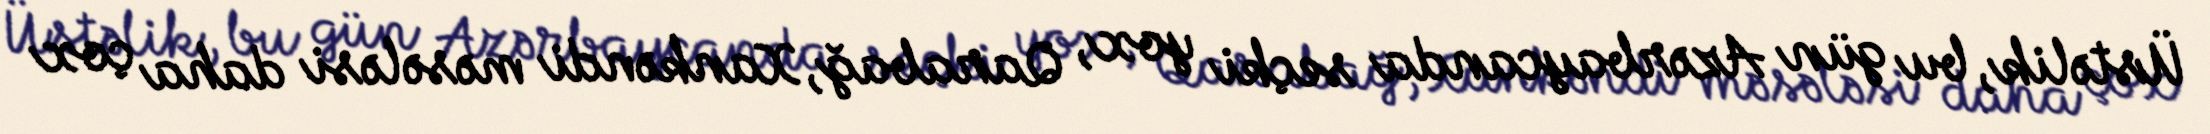
Üstəlik, bu gün Azərbaycanda seçki yox, Qarabağ, Xankəndi məsələsi daha çox